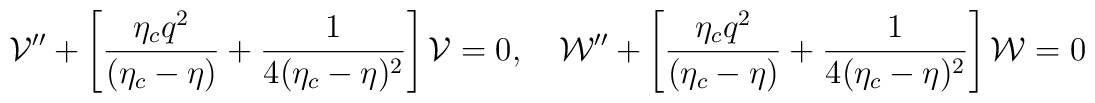
{\cal V}'' + \left[\frac{\eta_c q^2}{(\eta_c-\eta)} + \frac{1}{4(\eta_c-\eta)^2}\right]{\cal V}=0,~~~{\cal W}'' + \left[\frac{\eta_c q^2}{(\eta_c-\eta)} + \frac{1}{4(\eta_c-\eta)^2}\right]{\cal W}=0